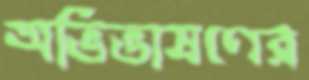
অভিভাষণের